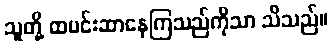
သူတို့ ထမင်းဆာနေကြသည်ကိုသာ သိသည်။